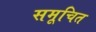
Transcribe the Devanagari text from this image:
समूचित